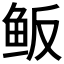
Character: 𱇖